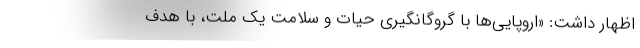
اظهار داشت: «اروپایی‌ها با گروگانگیری حیات و سلامت یک ملت، با هدف